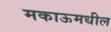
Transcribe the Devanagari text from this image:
मकाऊमधील